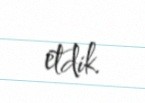
etdik.